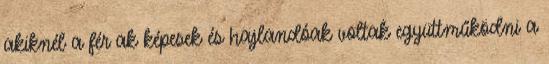
akiknél a férﬁak képesek és hajlandóak voltak együttműködni a